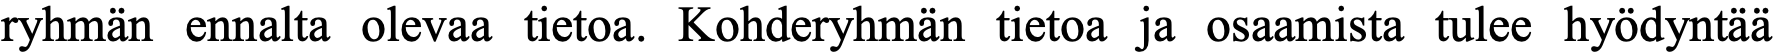
ryhmän ennalta olevaa tietoa. Kohderyhmän tietoa ja osaamista tulee hyödyntää